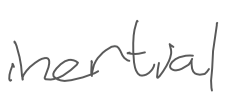
Text: inertial
Cross-out: clean
Writing tool: digital_gray